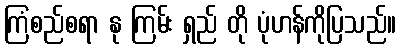
ကြံစည်စရာ နု ကြမ်း ရှည် တို ပုံဟန်ကိုပြသည်။